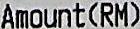
AMOUNT(RM)